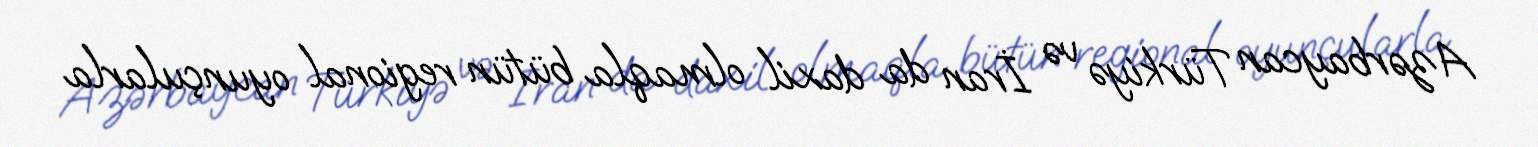
Azərbaycan Türkiyə və İran da daxil olmaqla bütün regional oyunçularla